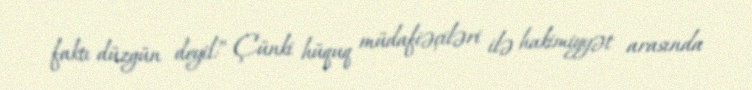
faktı düzgün deyil:” Çünki hüquq müdafiəçiləri ilə hakimiyyət arasında